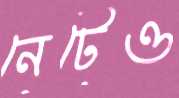
নেটেও